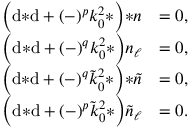
\begin{array} { r l } { \Big ( \mathrm { d } { * \mathrm { d } } + ( - ) ^ { p } k _ { 0 } ^ { 2 } { * } \Big ) { * n } } & { = 0 , } \\ { \Big ( \mathrm { d } { * \mathrm { d } } + ( - ) ^ { q } k _ { 0 } ^ { 2 } { * } \Big ) n _ { \ell } } & { = 0 , } \\ { \Big ( \mathrm { d } { * \mathrm { d } } + ( - ) ^ { q } \tilde { k } _ { 0 } ^ { 2 } { * } \Big ) { * \tilde { n } } } & { = 0 , } \\ { \Big ( \mathrm { d } { * \mathrm { d } } + ( - ) ^ { p } \tilde { k } _ { 0 } ^ { 2 } { * } \Big ) \tilde { n } _ { \ell } } & { = 0 . } \end{array}